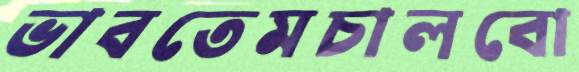
ভাবতেমচালবো